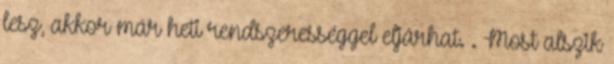
lesz, akkor már heti rendszerességgel eljárhat. . Most alszik